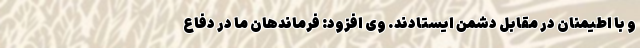
و با اطیمنان در مقابل دشمن ایستادند. وی افزود: فرماندهان ما در دفاع